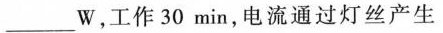
___W，工作30min，电流通过灯丝产生